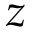
z